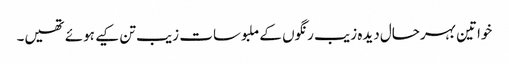
خواتین بہرحال دیدہ زیب رنگوں کے ملبوسات زیب تن کیے ہوئے تھیں۔